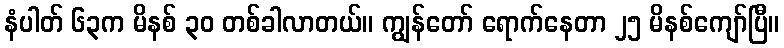
နံပါတ် ၆၃က မိနစ် ၃၀ တစ်ခါလာတယ်။ ကျွန်တော် ရောက်နေတာ ၂၅ မိနစ်ကျော်ပြီ။